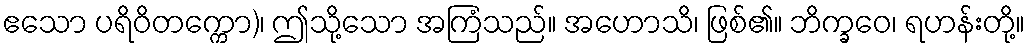
ဧသော ပရိဝိတက္ကော)၊ ဤသို့သော အကြံသည်။ အဟောသိ၊ ဖြစ်၏။ ဘိက္ခဝေ၊ ရဟန်းတို့။